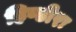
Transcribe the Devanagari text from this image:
हिण्डीरः